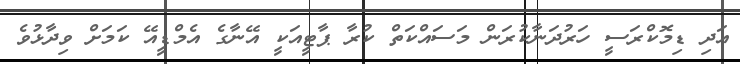
އަދި ޑިމޮކްރަސީ ހަރުދަނާކުރަން މަސައްކަތް ކުރާ ޕާޓީއަކީ އޭނާގެ އެމްޑީއޭ ކަމަށް ވިދާޅުވެ